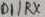
Text: D1/RX